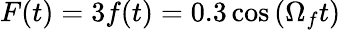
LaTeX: F(t)=3f(t)=0.3\cos\left(\Omega_{f}t\right)